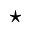
^ { \star }